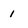
Character: 1